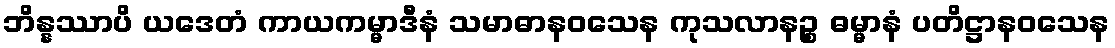
ဘိန္နဿာပိ ယဒေတံ ကာယကမ္မာဒီနံ သမာဓာနဝသေန ကုသလာနဉ္စ ဓမ္မာနံ ပတိဋ္ဌာနဝသေန